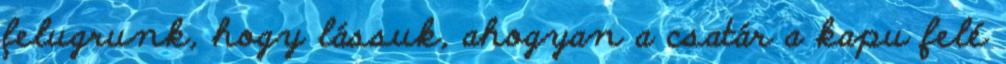
felugrunk, hogy lássuk, ahogyan a csatár a kapu felé